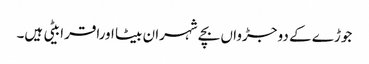
جوڑے کے دو جڑواں بچے شہران بیٹا اوراقرا بیٹی ہیں۔